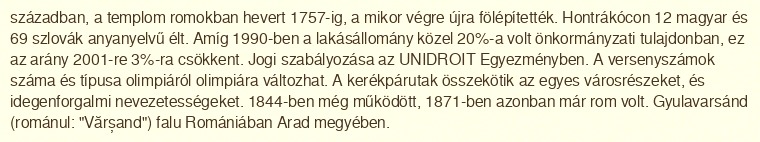
században, a templom romokban hevert 1757-ig, a mikor végre újra fölépítették. Hontrákócon 12 magyar és 69 szlovák anyanyelvű élt. Amíg 1990-ben a lakásállomány közel 20%-a volt önkormányzati tulajdonban, ez az arány 2001-re 3%-ra csökkent. Jogi szabályozása az UNIDROIT Egyezményben. A versenyszámok száma és típusa olimpiáról olimpiára változhat. A kerékpárutak összekötik az egyes városrészeket, és idegenforgalmi nevezetességeket. 1844-ben még működött, 1871-ben azonban már rom volt. Gyulavarsánd (románul: "Vărșand") falu Romániában Arad megyében.